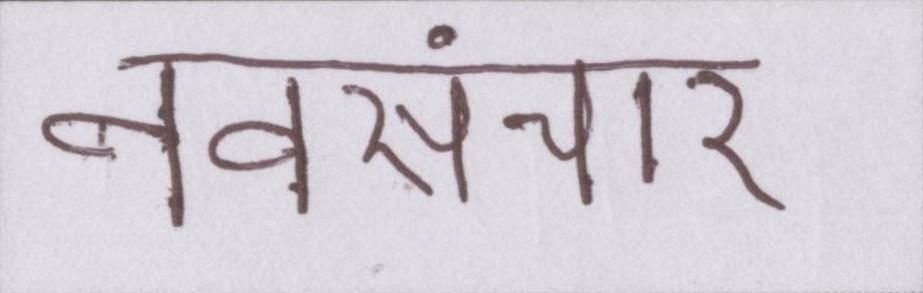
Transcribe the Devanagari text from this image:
नवसंचार